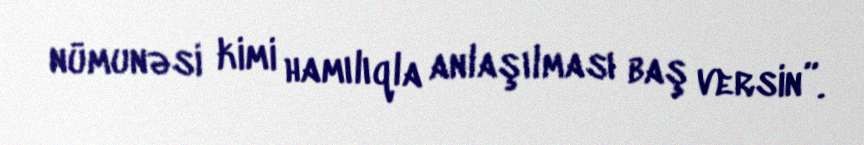
nümunəsi kimi hamılıqla anlaşılması baş versin”.